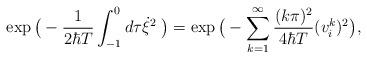
LaTeX: \begin{align*}\exp \big(-\frac{1}{2 \hbar T} \int_{-1}^{0} d \tau \dot{\xi}^2 \; \big)=\exp \big(-\sum_{k=1}^{\infty} \frac{(k \pi)^2}{4 \hbar T} (v^k_i)^2 \big),\end{align*}